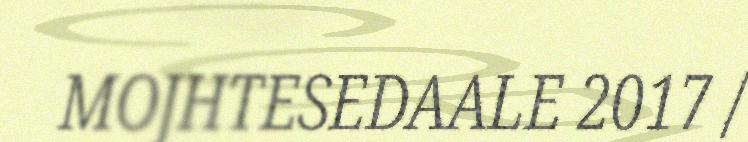
MOJHTESEDAALE 2017 /